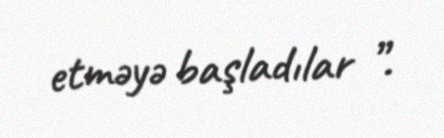
etməyə başladılar ”.